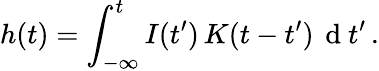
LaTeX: h(t)=\int_{-\infty}^{t}I(t^{\prime})\, K(t-t^{\prime})\, \mathrm{~d~}t^{\prime}\, .